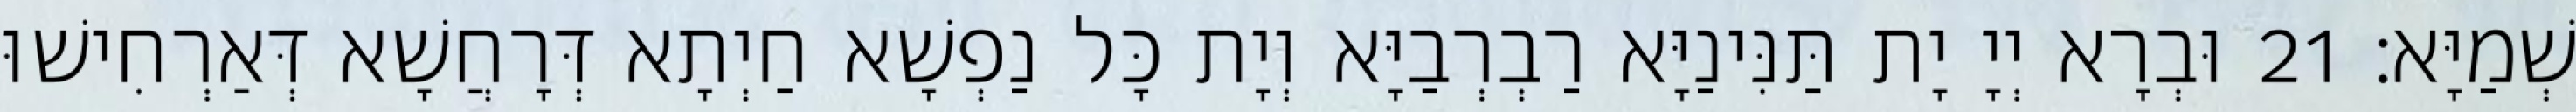
שְׁמַיָּא׃ 21 וּבְרָא יְיָ יָת תַּנִּינַיָּא רַבְרְבַיָּא וְיָת כָּל נַפְשָׁא חַיְתָא דְּרָחֲשָׁא דְּאַרְחִישׁוּ